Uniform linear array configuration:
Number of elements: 32
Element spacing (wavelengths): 1
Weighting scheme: cosine
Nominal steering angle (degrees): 0
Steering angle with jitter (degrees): -1.076
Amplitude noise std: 0.05
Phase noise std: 0.05

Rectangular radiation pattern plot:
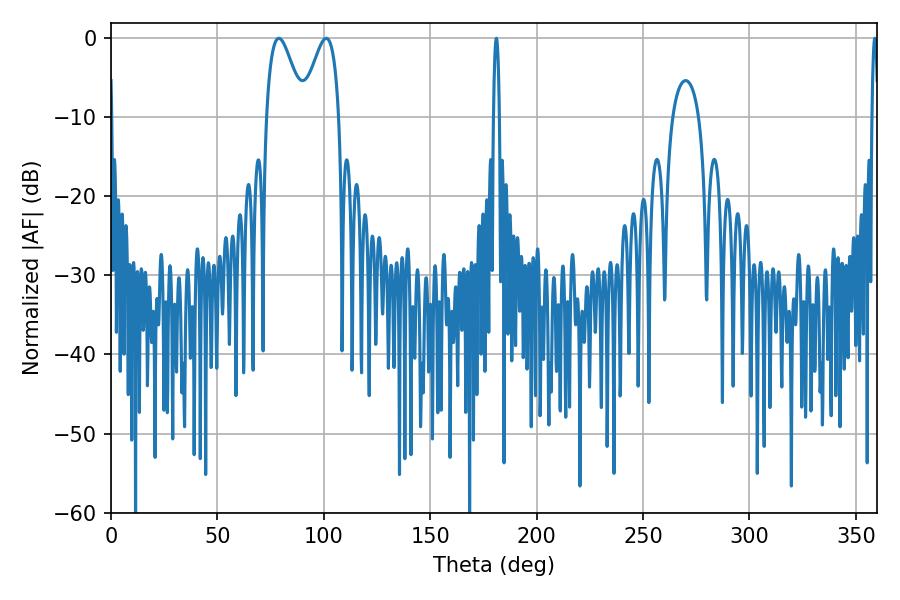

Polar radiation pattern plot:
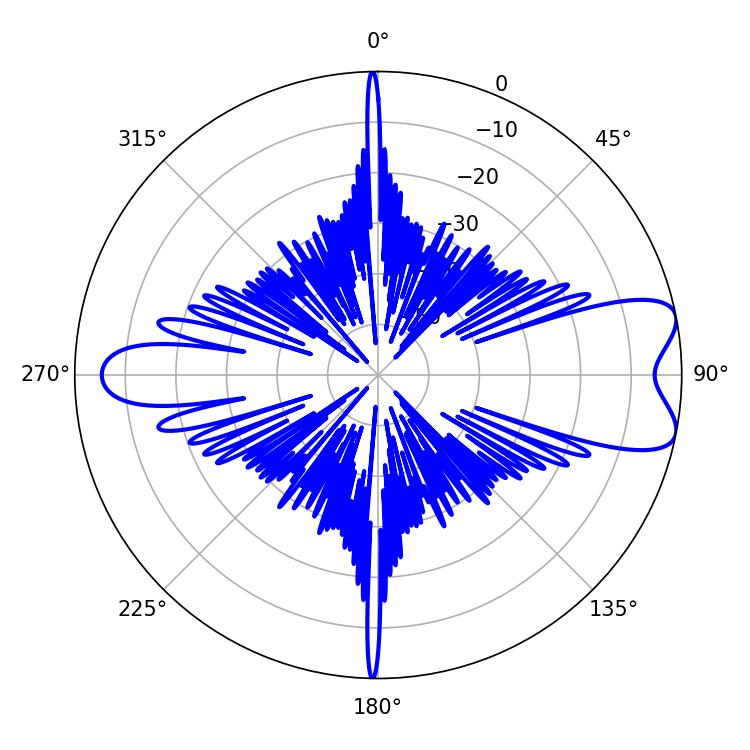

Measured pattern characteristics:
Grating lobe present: TRUE
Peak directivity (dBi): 8.31
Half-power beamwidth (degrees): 1.44
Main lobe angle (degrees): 181.08